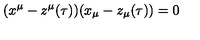
( x ^ { \mu } - z ^ { \mu } ( \tau ) ) ( x _ { \mu } - z _ { \mu } ( \tau ) ) = 0